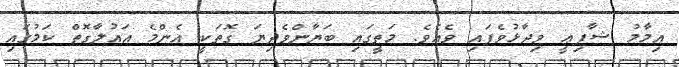
އިމާމު ޝާފިޢީ ވިދާޅުވެފައި ވެއެވެ. މަތީގައި ބަޔާންވެދިޔަ ގޮތަކީ އެންމެ އައުލާގޮތް ކަމުގައި